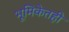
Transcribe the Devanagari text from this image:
भूमिकेतही